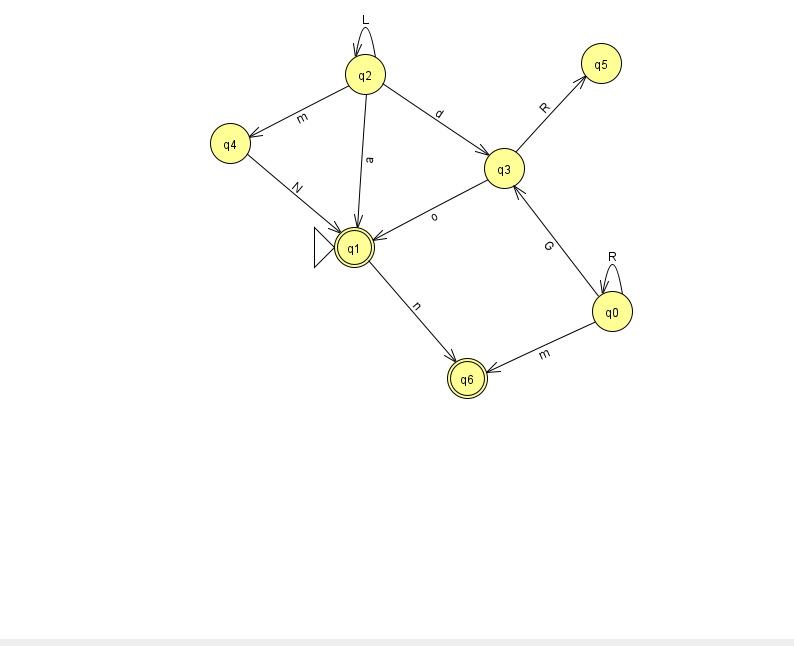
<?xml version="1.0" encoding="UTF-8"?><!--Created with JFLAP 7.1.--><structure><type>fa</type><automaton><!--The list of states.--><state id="0" name="q0"><x>612.0</x><y>298.0</y></state><state id="1" name="q1"><x>354.0</x><y>234.0</y><initial/><final/></state><state id="2" name="q2"><x>365.0</x><y>61.0</y></state><state id="3" name="q3"><x>504.0</x><y>155.0</y></state><state id="4" name="q4"><x>230.0</x><y>130.0</y></state><state id="5" name="q5"><x>601.0</x><y>50.0</y></state><state id="6" name="q6"><x>467.0</x><y>365.0</y><final/></state><!--The list of transitions.--><transition><from>0</from><to>0</to><read>R</read></transition><transition><from>0</from><to>3</to><read>G</read></transition><transition><from>4</from><to>1</to><read>N</read></transition><transition><from>2</from><to>3</to><read>d</read></transition><transition><from>3</from><to>1</to><read>o</read></transition><transition><from>3</from><to>5</to><read>R</read></transition><transition><from>1</from><to>6</to><read>n</read></transition><transition><from>2</from><to>1</to><read>a</read></transition><transition><from>2</from><to>2</to><read>L</read></transition><transition><from>0</from><to>6</to><read>m</read></transition><transition><from>2</from><to>4</to><read>m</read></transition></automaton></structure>